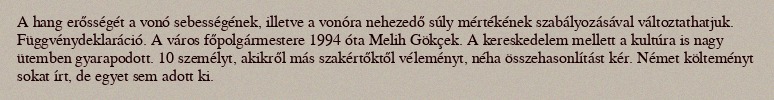
A hang erősségét a vonó sebességének, illetve a vonóra nehezedő súly mértékének szabályozásával változtathatjuk. Függvénydeklaráció. A város főpolgármestere 1994 óta Melih Gökçek. A kereskedelem mellett a kultúra is nagy ütemben gyarapodott. 10 személyt, akikről más szakértőktől véleményt, néha összehasonlítást kér. Német költeményt sokat írt, de egyet sem adott ki.